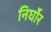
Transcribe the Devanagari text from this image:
निर्घोर